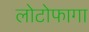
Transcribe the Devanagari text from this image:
लोटोफागा